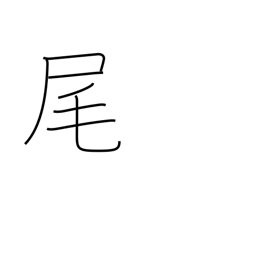
Meaning: lower slope of mountain